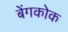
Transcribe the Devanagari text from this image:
बेंगकोक